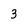
Character: 3